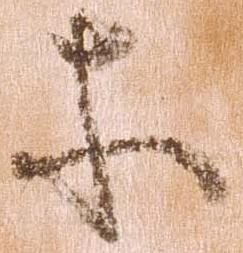
等